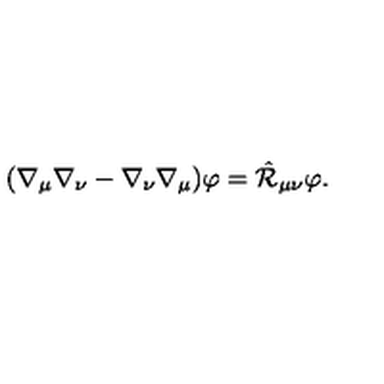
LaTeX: ( \nabla _ { \mu } \nabla _ { \nu } - \nabla _ { \nu } \nabla _ { \mu } ) \varphi = \hat { \cal R } _ { \mu \nu } \varphi .